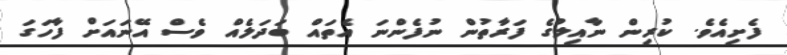
ފެށިއެވެ. ކުރިން ނާއިލުގެ ފަރާތުން ނުފެންނަ އެތައް ބަދަލެއް ވެސް އޭނައަށް ފާހަގަ